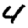
Digit: 4